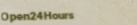
Open24Hours